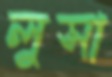
লুসা